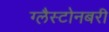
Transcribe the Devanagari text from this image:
ग्लैस्टोनबरी